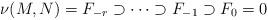
LaTeX: \begin{align*} \nu(M,N)=F_{-r}\supset \cdots \supset F_{-1}\supset F_0=0\end{align*}